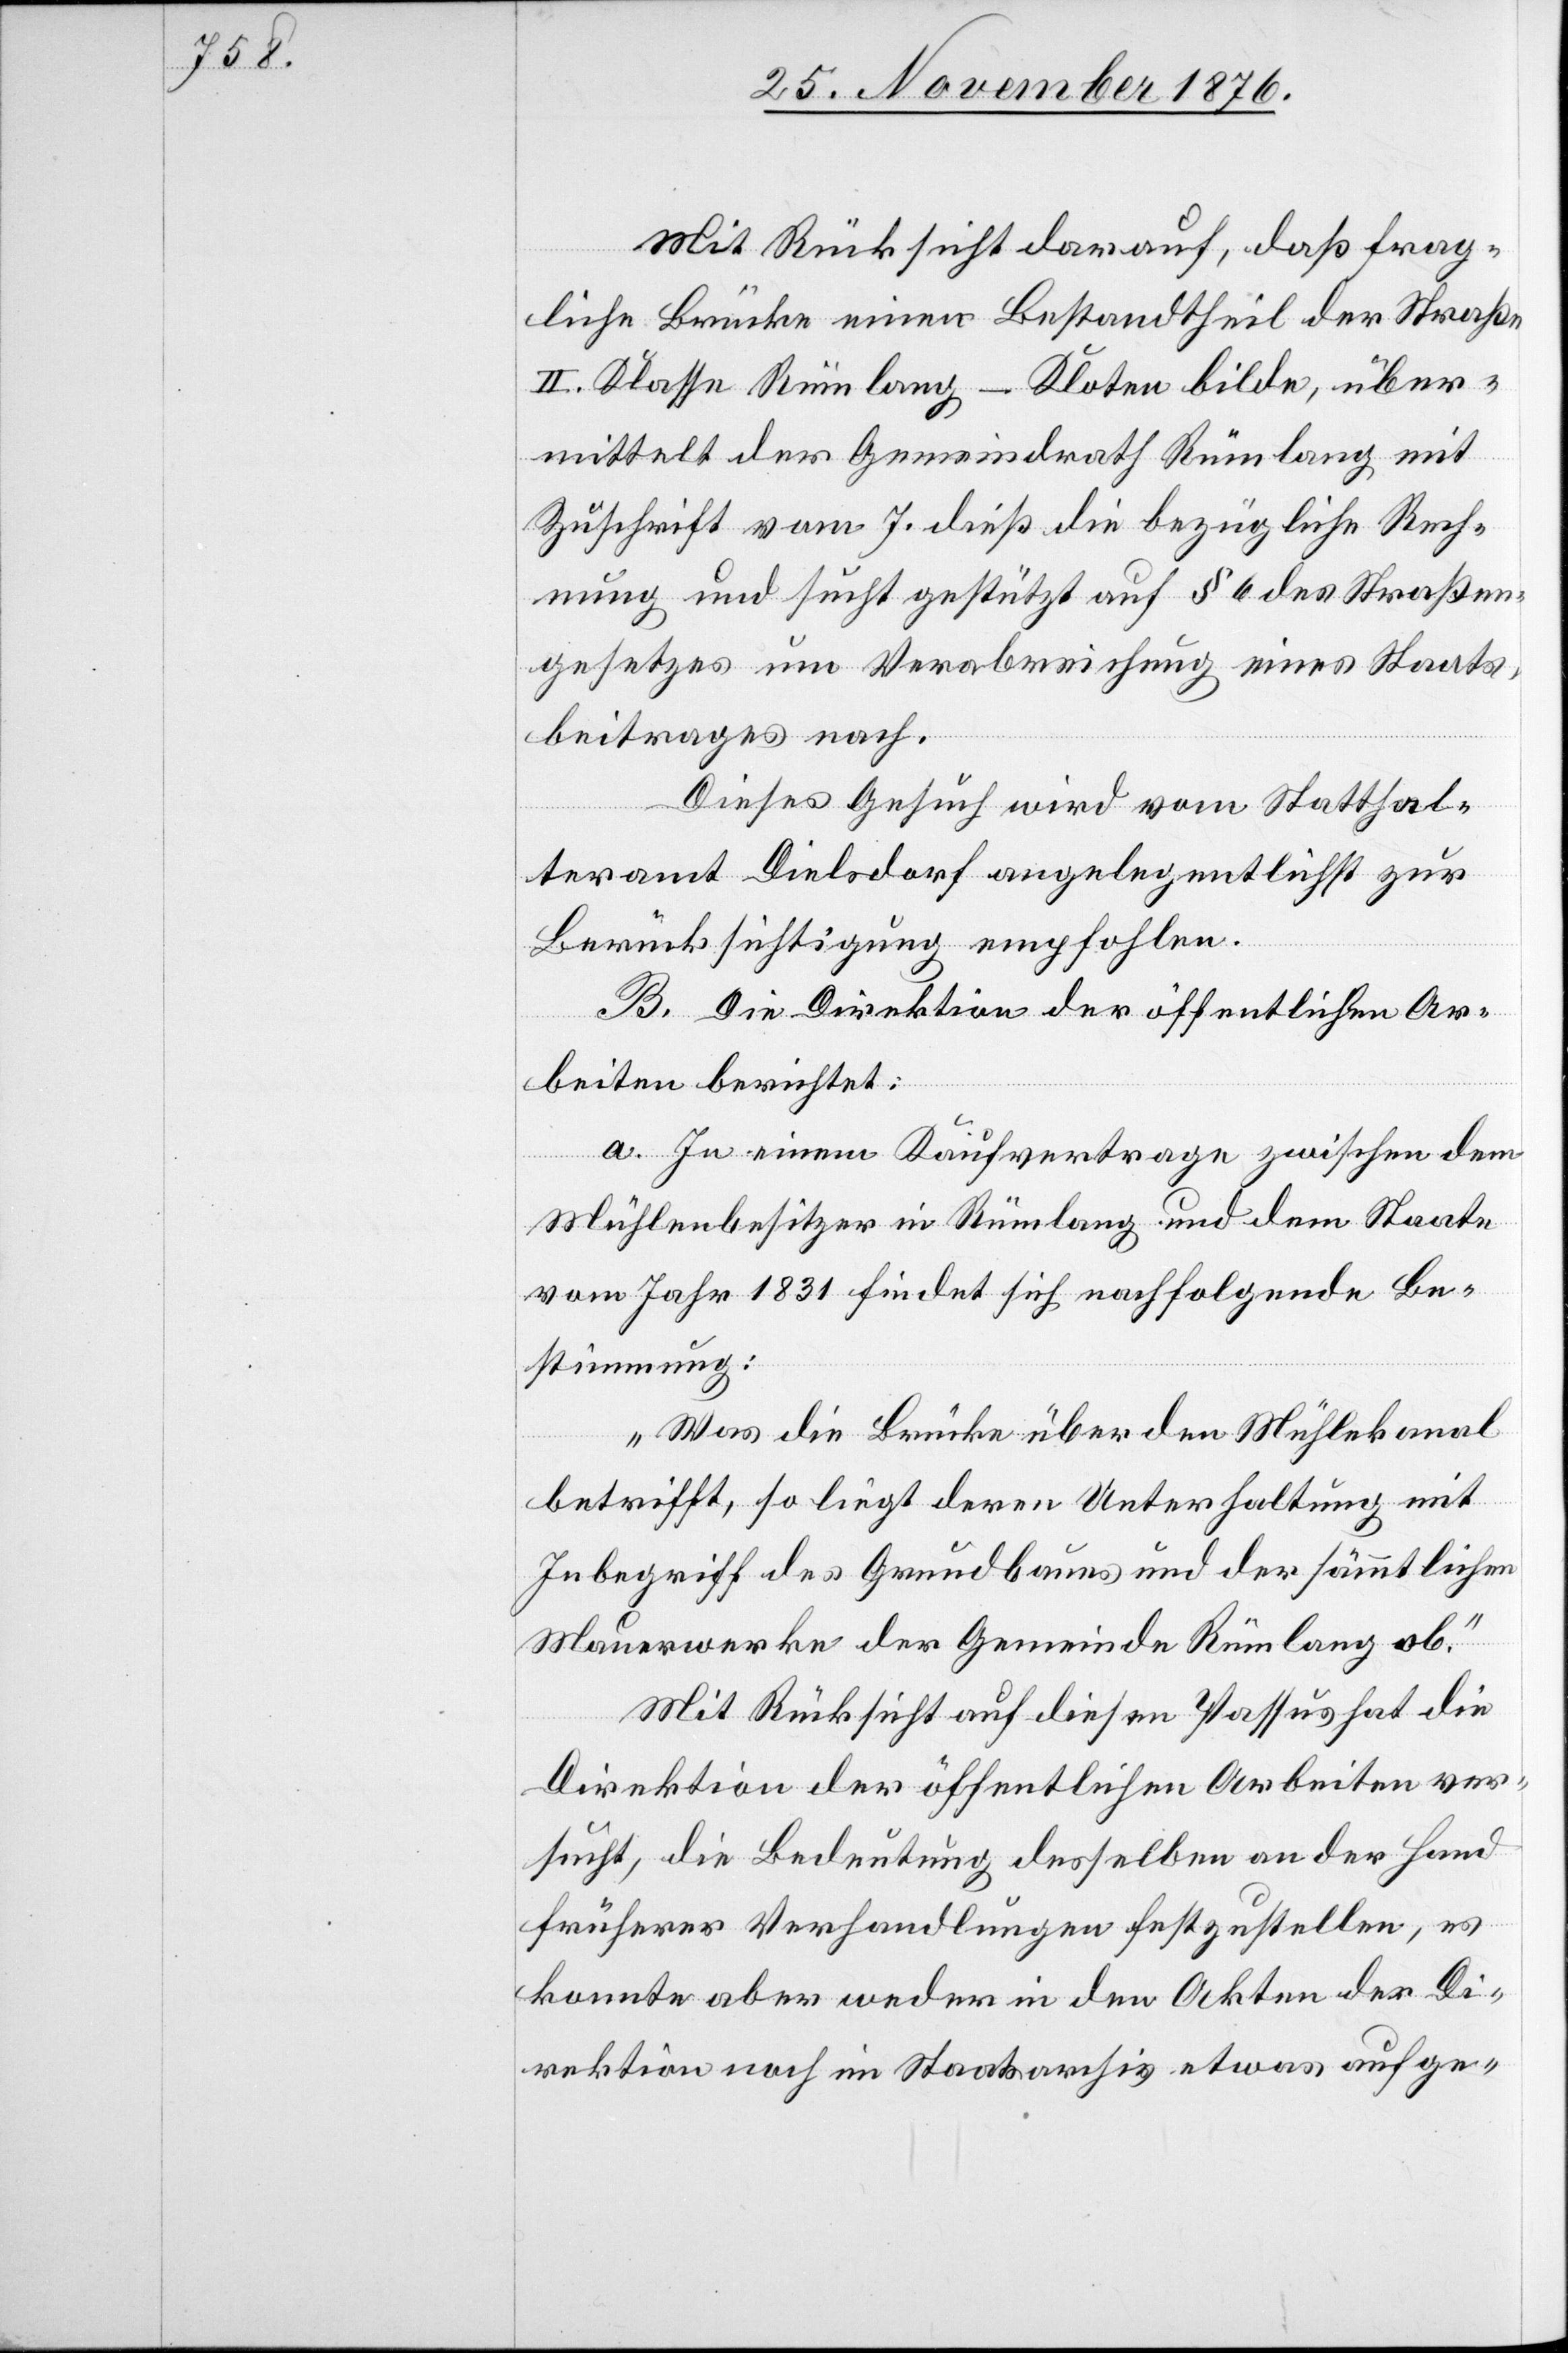
Mit Rücksicht darauf, daß frag¬
liche Brücke einen Bestandtheil der Straße
II. Klasse Rümlang–Kloten bilde, über¬
mittelt der Gemeindrath Rümlang mit
Zuschrift vom 7. dieß die bezügliche Rech¬
nung und sucht gestützt auf § 6 des Straßen¬
gesetzes um Verabreichung eines Staats¬
beitrages nach.
Dieses Gesuch wird vom Statthal¬
teramt Dielsdorf angelegentlichst zur
Berücksichtigung empfohlen.
B. Die Direktion der öffentlichen Ar¬
beiten berichtet:
a. In einem Kaufvertrage zwischen dem
Mühlenbesitzer in Rümlang und dem Staate
vom Jahr 1831 findet sich nachfolgende Be¬
stimmung:
„Was die Brücke über den Mühlekanal
betrifft, so liegt deren Unterhaltung mit
Inbegriff des Grundbaues und der sämmtlichen
Mauerwerke der Gemeinde Rümlang ob.“
Mit Rücksicht auf diesen Passus hat die
Direktion der öffentlichen Arbeiten ver¬
sucht, die Bedeutung desselben an der Hand
früherer Verhandlungen festzustellen, es
konnte aber weder in den Akten der Di¬
rektion noch im Staatsarchiv etwas aufge-